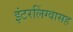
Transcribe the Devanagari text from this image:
इंटरलिंग्वासह